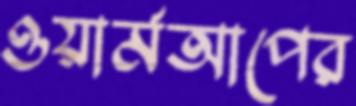
ওয়ার্মআপের